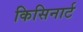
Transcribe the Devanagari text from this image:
किसिनार्ट